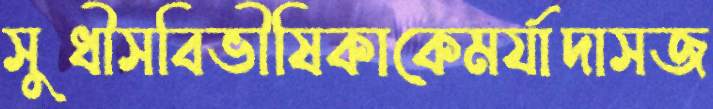
সুধীসবিভীষিকাকেমর্যাদাসজ